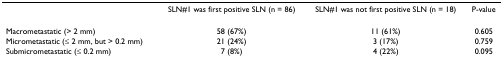
<table><thead><tr><td></td><td><b>SLN#1 was first positive SLN (n = 86)</b></td><td><b>SLN#1 was not first positive SLN (n = 18)</b></td><td><b>P-value</b></td></tr></thead><tbody><tr><td>Macrometastatic (&gt; 2 mm)</td><td>58 (67%)</td><td>11 (61%)</td><td>0.605</td></tr><tr><td>Micrometastatic (≤ 2 mm, but &gt; 0.2 mm)</td><td>21 (24%)</td><td>3 (17%)</td><td>0.759</td></tr><tr><td>Submicrometastatic (≤ 0.2 mm)</td><td>7 (8%)</td><td>4 (22%)</td><td>0.095</td></tr></tbody></table>